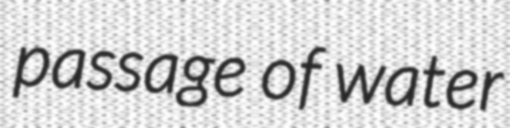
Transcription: passage of water